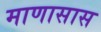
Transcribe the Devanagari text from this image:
माणासास